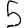
Digit: 5